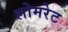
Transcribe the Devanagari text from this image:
लोमरेट